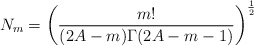
\begin{align*}N_m=\left(\frac{m!}{(2A-m)\Gamma(2A-m-1)}\right)^{\frac{1}{2}}\end{align*}